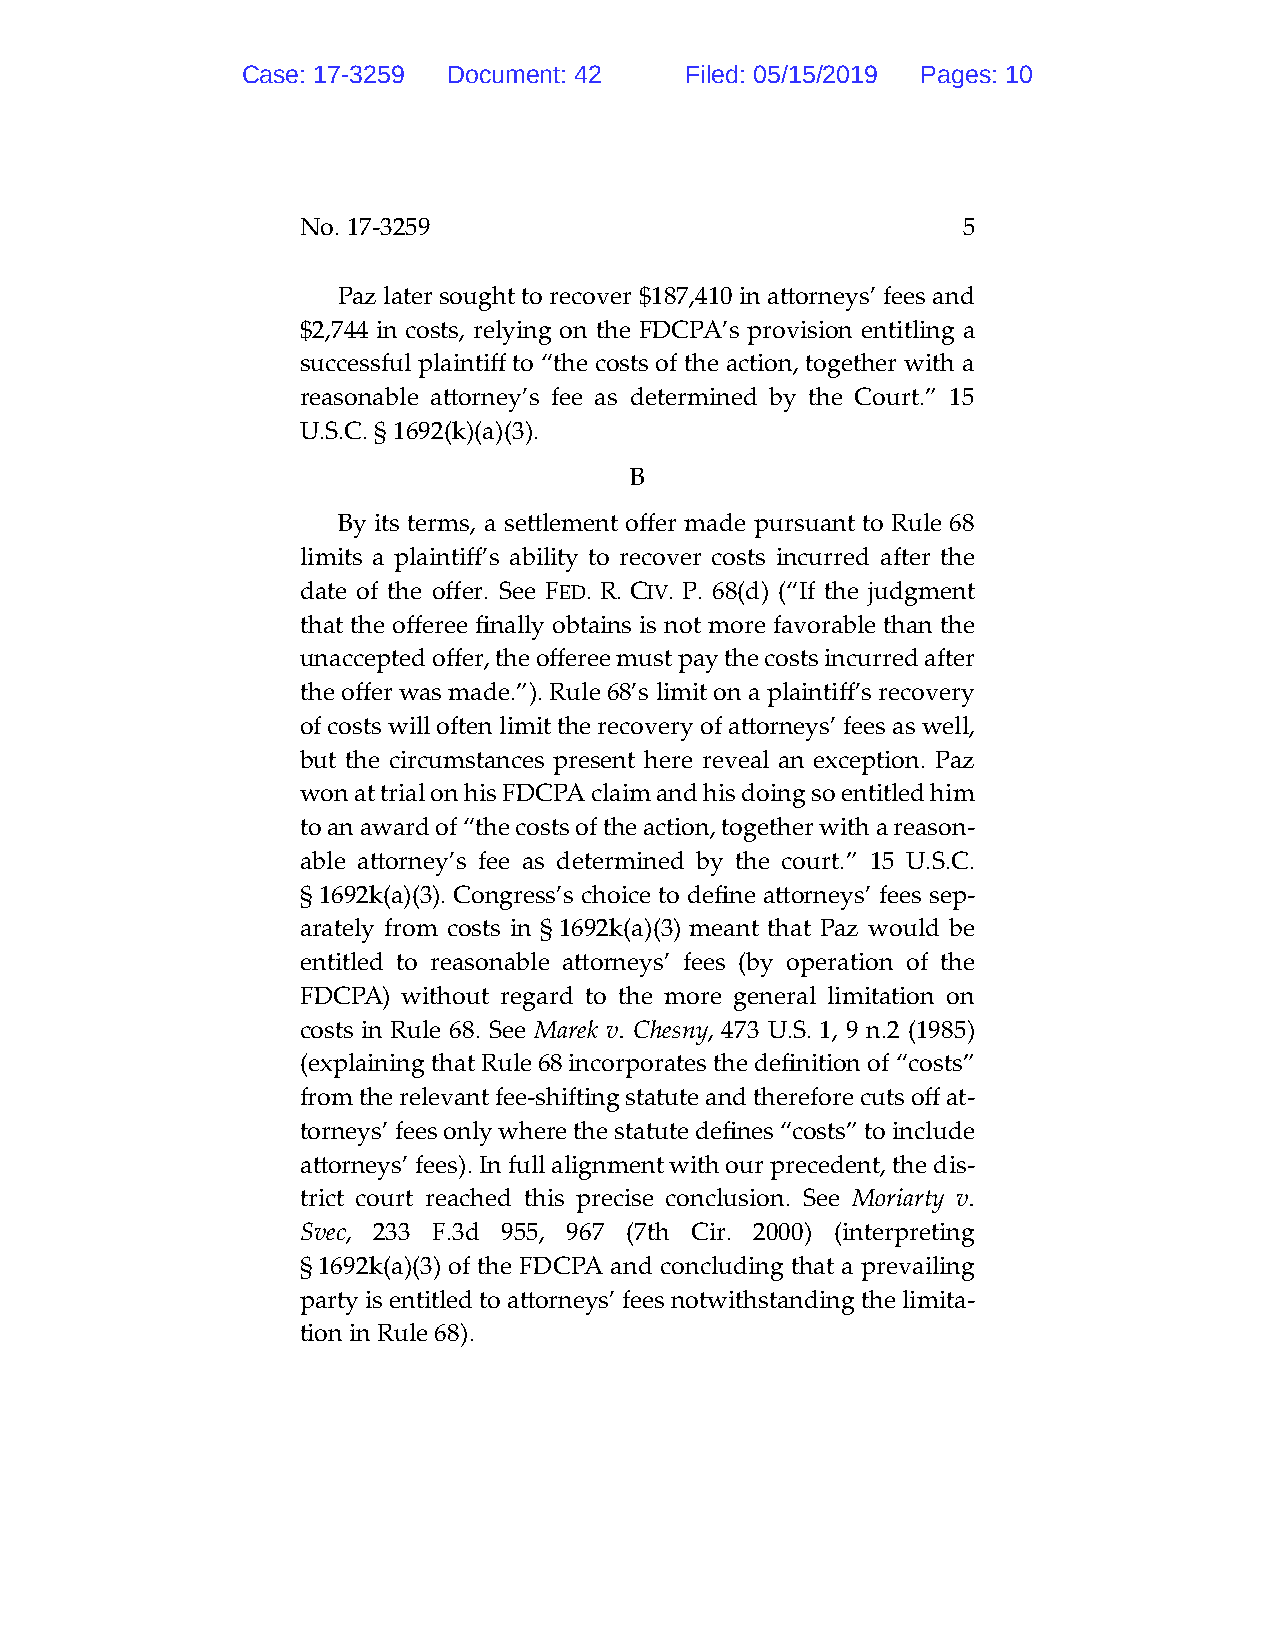
Case: 17-3259 Document: 42   Filed: 05/15/2019 Pages: 10
 No. 17-3259                                 5
 Paz later sought to recover $187,410 in attorneys’ fees and
 $2,744 in costs, relying on the FDCPA’s provision entitling a
 successful plaintiff to “the costs of the action, together with a
 reasonable attorney’s fee as determined by the Court.” 15
 U.S.C. § 1692(k)(a)(3).
 B
 By its terms, a settlement offer made pursuant to Rule 68
 limits a plaintiff’s ability to recover costs incurred after the
 date of the offer. See FED. R. CIV. P. 68(d) (“If the judgment
 that the offeree finally obtains is not more favorable than the
 unaccepted offer, the offeree must pay the costs incurred after
 the offer was made.”). Rule 68’s limit on a plaintiff’s recovery
 of costs will often limit the recovery of attorneys’ fees as well,
 but the circumstances present here reveal an exception. Paz
 won at trial on his FDCPA claim and his doing so entitled him
 to an award of “the costs of the action, together with a reason-
 able attorney’s fee as determined by the court.” 15 U.S.C.
 § 1692k(a)(3). Congress’s choice to define attorneys’ fees sep-
 arately from costs in § 1692k(a)(3) meant that Paz would be
 entitled to reasonable attorneys’ fees (by operation of the
 FDCPA) without regard to the more general limitation on
 costs in Rule 68. See Marek v. Chesny, 473 U.S. 1, 9 n.2 (1985)
 (explaining that Rule 68 incorporates the definition of “costs”
 from the relevant fee-shifting statute and therefore cuts off at-
 torneys’ fees only where the statute defines “costs” to include
 attorneys’ fees). In full alignment with our precedent, the dis-
 trict court reached this precise conclusion. See Moriarty v.
 Svec, 233 F.3d 955, 967 (7th Cir. 2000) (interpreting
 § 1692k(a)(3) of the FDCPA and concluding that a prevailing
 party is entitled to attorneys’ fees notwithstanding the limita-
 tion in Rule 68).